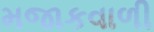
મજાકવાળી